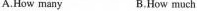
A.How many B.How much